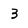
Character: 3